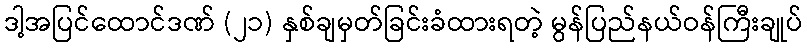
ဒါ့အပြင်ထောင်ဒဏ် (၂၁) နှစ်ချမှတ်ခြင်းခံထားရတဲ့ မွန်ပြည်နယ်ဝန်ကြီးချုပ်